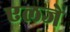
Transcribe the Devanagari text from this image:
एलजे